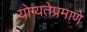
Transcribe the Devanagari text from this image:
योग्यतेप्रमाणे